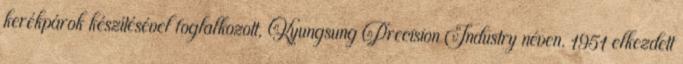
kerékpárok készítésével foglalkozott, Kyungsung Precision Industry néven. 1951 elkezdett